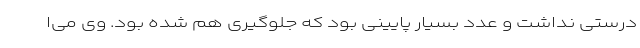
درستی نداشت و عدد بسیار پایینی بود که جلوگیری هم شده بود. وی می‌ا